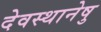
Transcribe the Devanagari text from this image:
देवस्थानेषु